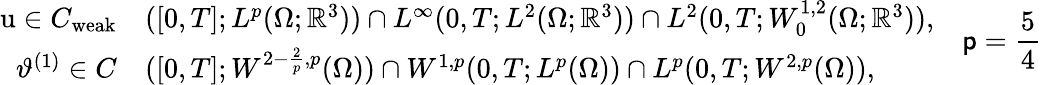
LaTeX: \begin{array}{rl}{\textbf{\textup{u}}\in C_{\mathrm{weak}}}&{([0,T];L^{p}(\Omega;\mathbb{R}^{3}))\cap L^{\infty}(0,T;L^{2}(\Omega;\mathbb{R}^{3}))\cap L^{2}(0,T;W_{0}^{1,2}(\Omega;\mathbb{R}^{3})),}\\ {\vartheta^{(1)}\in C}&{([0,T];W^{2-\frac{2}{p},p}(\Omega))\cap W^{1,p}(0,T;L^{p}(\Omega))\cap L^{p}(0,T;W^{2,p}(\Omega)),}\end{array}\quad\mathsf{p}=\frac{{5}}{{4}}